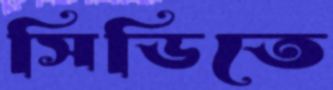
সিডিতে